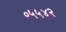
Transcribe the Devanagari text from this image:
०५५४२